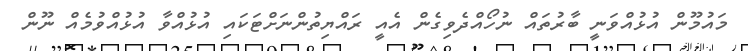
މައުމޫން އުޅުއްވަނީ ބާރުތައް ނުހޯއްދެވިގެން އެއީ ރައްޔިތުންނަށްޓަކައި އުޅުއްވާ އުޅުއްވުމެއް ނޫން